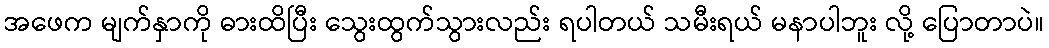
အဖေက မျက်နှာကို ဓားထိပြီး သွေးထွက်သွားလည်း ရပါတယ် သမီးရယ် မနာပါဘူး လို့ ပြောတာပဲ။